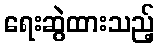
ရေးဆွဲထားသည့်